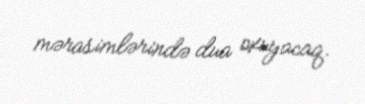
mərasimlərində dua oxuyacaq.